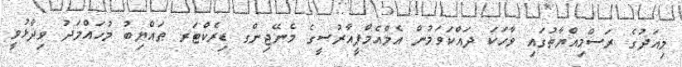
މިއަދުގެ ރަސްމިއްޔާތުގައި ވާހަކަ ދައްކަވަމުން އެމްއެމްޕީއާރުސީގެ މެނޭޖިންގ ޑިރެކްޓަރ ޠައްޔިބު މުހައްމަދު ވިދާޅުވީ